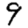
Digit: 9